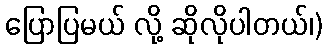
ပြောပြမယ် လို့ ဆိုလိုပါတယ်၊)